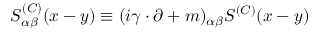
S _ { \alpha \beta } ^ { ( C ) } ( x - y ) \equiv ( i \gamma \cdot \partial + m ) _ { \alpha \beta } S ^ { ( C ) } ( x - y )